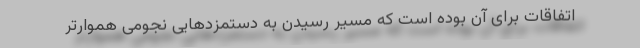
اتفاقات برای آن بوده است که مسیر رسیدن به دستمزدهایی نجومی هموارتر